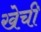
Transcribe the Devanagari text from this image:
खेची